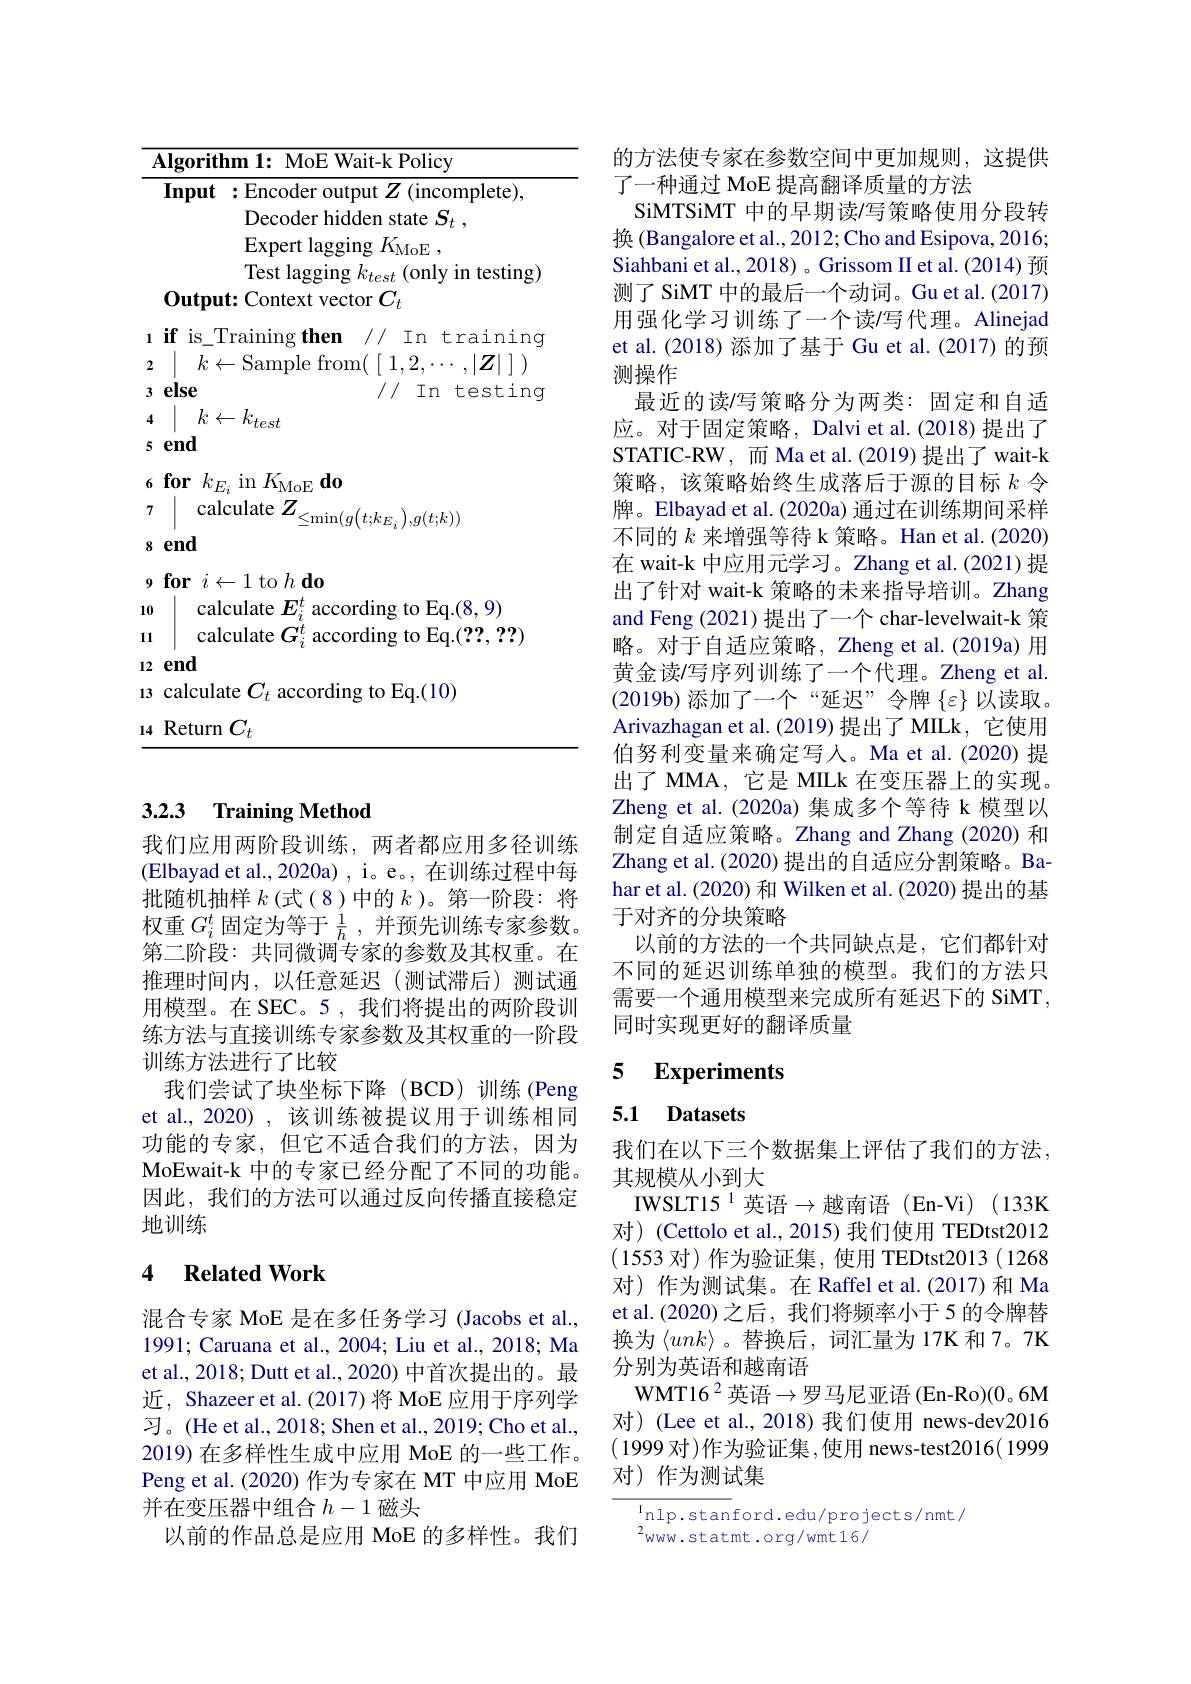
<table>
	<tbody>
		<tr>
			<td>Algorit</td>
			<td>$\mathbf{thm1:MoEWait-kPolicy}$</td>
		</tr>
		<tr>
			<td>Input</td>
			<td>:Encoder output $Z$ (incomplete), Decoder hidden state $S_{t}$ , Expert lagging $K_\mathrm{MoE}$, Test laooino $\therefore\angle AC=\angle AC=\angle AC=\angle AC=\angle AC=\angle AC=\angle AC=\angle AC=\angle AC=\angle AC=\angle AC=\angle AC=\angle AC=\angle AC=\angle AC=\angle AC=\angle AC=\angle AC=\angle AC=\angle AC=\angle AC=\angle AC=\angle AC=\angle AC=\angle AC\\\frac{1-2}{1-2}=\frac{1-2}{1-2}=\frac{1-2}{1-2}=\frac{1-2}{1-2}=\frac{1-2}{1-2}=\frac{1-2}{1-2}=\frac{1-2}{1-2}=\frac{1-2}{1-2}=\frac{1-2}{1-2}$ $\mathbf{t}_{n\sigma}$ $\therefore\dot{t_{1}}_{\mathrm{m}}$</td>
		</tr>
		<tr>
			<td>LU VL 111 $ca$</td>
			<td>${\mathrm{lculate}}$ $I_{\mathbf{T}}^{\prime}.$ according to Eq. ( ? ? , 2? ) 1</td>
		</tr>
		<tr>
			<td>end 12</td>
			<td> </td>
		</tr>
		<tr>
			<td>calcul 13</td>
			<td>|ate $C_t$ according to Eq.(10)</td>
		</tr>
		<tr>
			<td>Returr 14</td>
			<td>$n$ 1 $C_{t}$</td>
		</tr>
	</tbody>
</table>

### 3.2.3 Training Method

我们应用两阶段训练，两者都应用多径训练(Elbayad et al., 2020a) , i。e。, 在训练过程中每批随机抽样$k$(式(8)中的$k$ )。第一阶段：将权重$G_i^t$固定为等于$\frac1h$ ,并预先训练专家参数。第二阶段：共同微调专家的参数及其权重。在推理时间内，以任意延迟(测试滞后)测试通用模型。在 SEC。5 , 我们将提出的两阶段训练方法与直接训练专家参数及其权重的一阶段训练方法进行了比较
我们尝试了块坐标下降(BCD)训练(Peng et al., 2020) , 该训练被提议用于训练相同功能的专家，但它不适合我们的方法，因为MoEwait-k 中的专家已经分配了不同的功能。因此，我们的方法可以通过反向传播直接稳定地训练

## 4 $\textbf{Related Work}$

混合专家 MoE 是在多任务学习 (Jacobs et al., 1991; Caruana et al., 2004; Liu et al., 2018; Ma et al., 2018; Dutt et al., 2020) 中首次提出的。最近，Shazeer et al.(2017)将 MoE 应用于序列学$习。($He et al., 2018; Shen et al., 2019; Cho et al., 2019) 在多样性生成中应用 MoE 的一些工作。Peng et al. (2020) 作为专家在 MT 中应用 MoE 并在变压器中组合$h-1$磁头
以前的作品总是应用 MoE 的多样性。我们

的方法使专家在参数空间中更加规则，这提供
了一种通过 MoE 提高翻译质量的方法
SiMTSiMT 中的早期读/写策略使用分段转换 (Bangalore et al., 2012; Cho and Esipova, 2016; Siahbani et al., 2018) 。Grissom II et al.(2014) 预测了SiMT 中的最后一个动词。Gu et al.(2017) 用强化学习训练了一个读/写代理。Alinejad et al.(2018) 添加了基于 Gu et al.(2017) 的预测操作
最近的读/写策略分为两类：固定和自适应。对于固定策略，Dalvi et al.(2018)提出了STATIC- RW, 而 Ma et al.(2019)提出了 wait-k 策略，该策略始终生成落后于源的目标$k$令牌。Elbayad et al. (2020a) 通过在训练期间采样不同的$k$来增强等待 k 策略。Han et al.(2020) 在 wait-k 中应用元学习。Zhang et al.(2021)提出了针对 wait-k 策略的未来指导培训。Zhang and Feng (2021)提出了一个 char-levelwait-k 策略。对于自适应策略，Zheng et al.(2019a) 用黄金读/写序列训练了一个代理。Zheng et al $(2019b)$添加了一个“延迟”令牌$\{\varepsilon\}$以读取。Arivazhagan et al. (2019) 提出了 MILk, 它使用伯努利变量来确定写人。Ma et al.(2020) 提出了 MMA, 它是 MILk 在变压器上的实现。Zheng et al. (2020a)集成多个等待 k 模型以制定自适应策略。Zhang and Zhang (2020) 和Zhang et al. (2020) 提出的自适应分割策略。Bahar et al.(2020) 和 Wilken et al.(2020) 提出的基于对齐的分块策略
以前的方法的一个共同缺点是，它们都针对不同的延迟训练单独的模型。我们的方法只需要一个通用模型来完成所有延迟下的 SiMT, 同时实现更好的翻译质量

### 5 $\textbf{Experiments}$

### 5.1 Datasets

我们在以下三个数据集上评估了我们的方法。
其规模从小到大
IWSLT15$^1$英语$\to$越南语(En-Vi)(133K 对)(Cettolo et al., 2015) 我们使用 TEDtst2012 (1553对)作为验证集，使用 TEDtst2013(1268) 对)作为测试集。在 Raffel et al.(2017)和 Ma et al.(2020)之后，我们将频率小于5 的令牌替换为$\langle unk\rangle$ 。替换后，词汇量为 17K 和 7。7K 分别为英语和越南语
WMT16$^2$英语$\to$罗马尼亚语(En-Ro)(0。6M 对) (Lee et al., 2018) 我们使用 news-dev2016 (1999 对)作为验证集，使用 news-test2016( 1999对)作为测试集

$^{\mathrm{l}}$nlp.stanford.edu/projects/nmt/
$^{2}$www.statmt.org/wmt16/